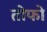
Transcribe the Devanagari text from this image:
तोफो